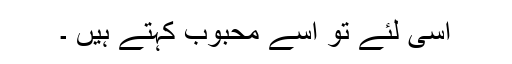
اسی لئے تو اُسے محبوب کہتے ہیں ۔